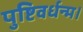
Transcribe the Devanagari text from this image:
पुष्टिवर्धन्म।